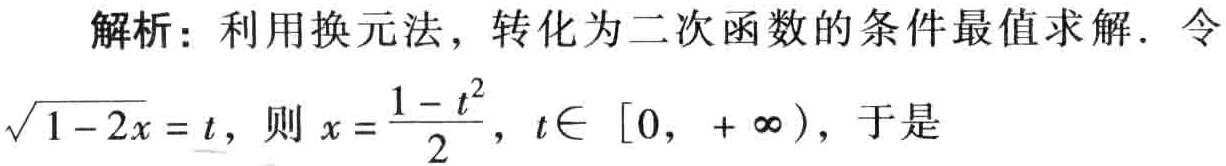
解析：利用换元法，转化为二次函数的条件最值求解．令

\(\sqrt{1 - 2x} = t\)，则\(x = \frac{1 - t^{2}}{2}\)，\(t\in [0, +\infty)\)，于是